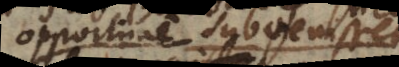
opportune subvenisset,